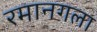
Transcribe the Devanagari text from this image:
रमानगला